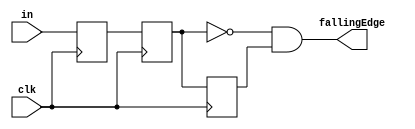
module synchronizerFalling(input clk, input in, output fallingEdge);

	reg internal_in;
	reg sync_in;
	reg another_in;
	
	always @(posedge clk) begin
		internal_in <= in;
		sync_in <= internal_in;
		another_in <= sync_in;
	end
	
	assign fallingEdge = ((~sync_in) & another_in);

endmodule